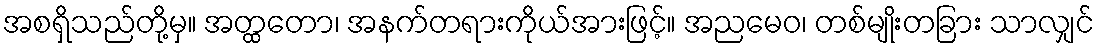
အစရှိသည်တို့မှ။ အတ္ထတော၊ အနက်တရားကိုယ်အားဖြင့်။ အညမေဝ၊ တစ်မျိုးတခြား သာလျှင်